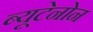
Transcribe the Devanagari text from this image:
ब्यूटेनोन